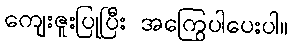
ကျေးဇူးပြုပြီး အကြွေပါပေးပါ။